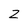
Character: Z